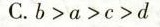
C.b>a>c>d